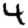
Digit: 4